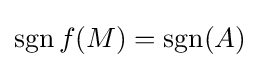
\operatorname {sgn} f(M)=\operatorname {sgn} (A)